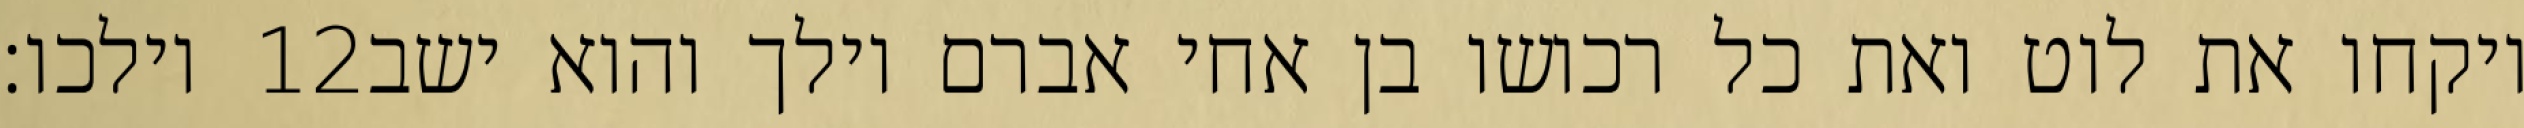
וילכו׃ ‎12‏ ויקחו את לוט ואת כל רכושו בן אחי אברם וילך והוא ישב